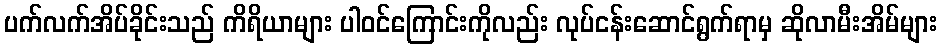
ပက်လက်အိပ်ခိုင်းသည် ကိရိယာများ ပါဝင်ကြောင်းကိုလည်း လုပ်ငန်းဆောင်ရွက်ရာမှ ဆိုလာမီးအိမ်များ